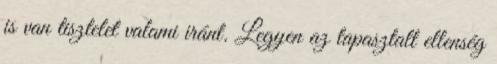
is van tisztelet valami iránt. Legyen az tapasztalt ellenség